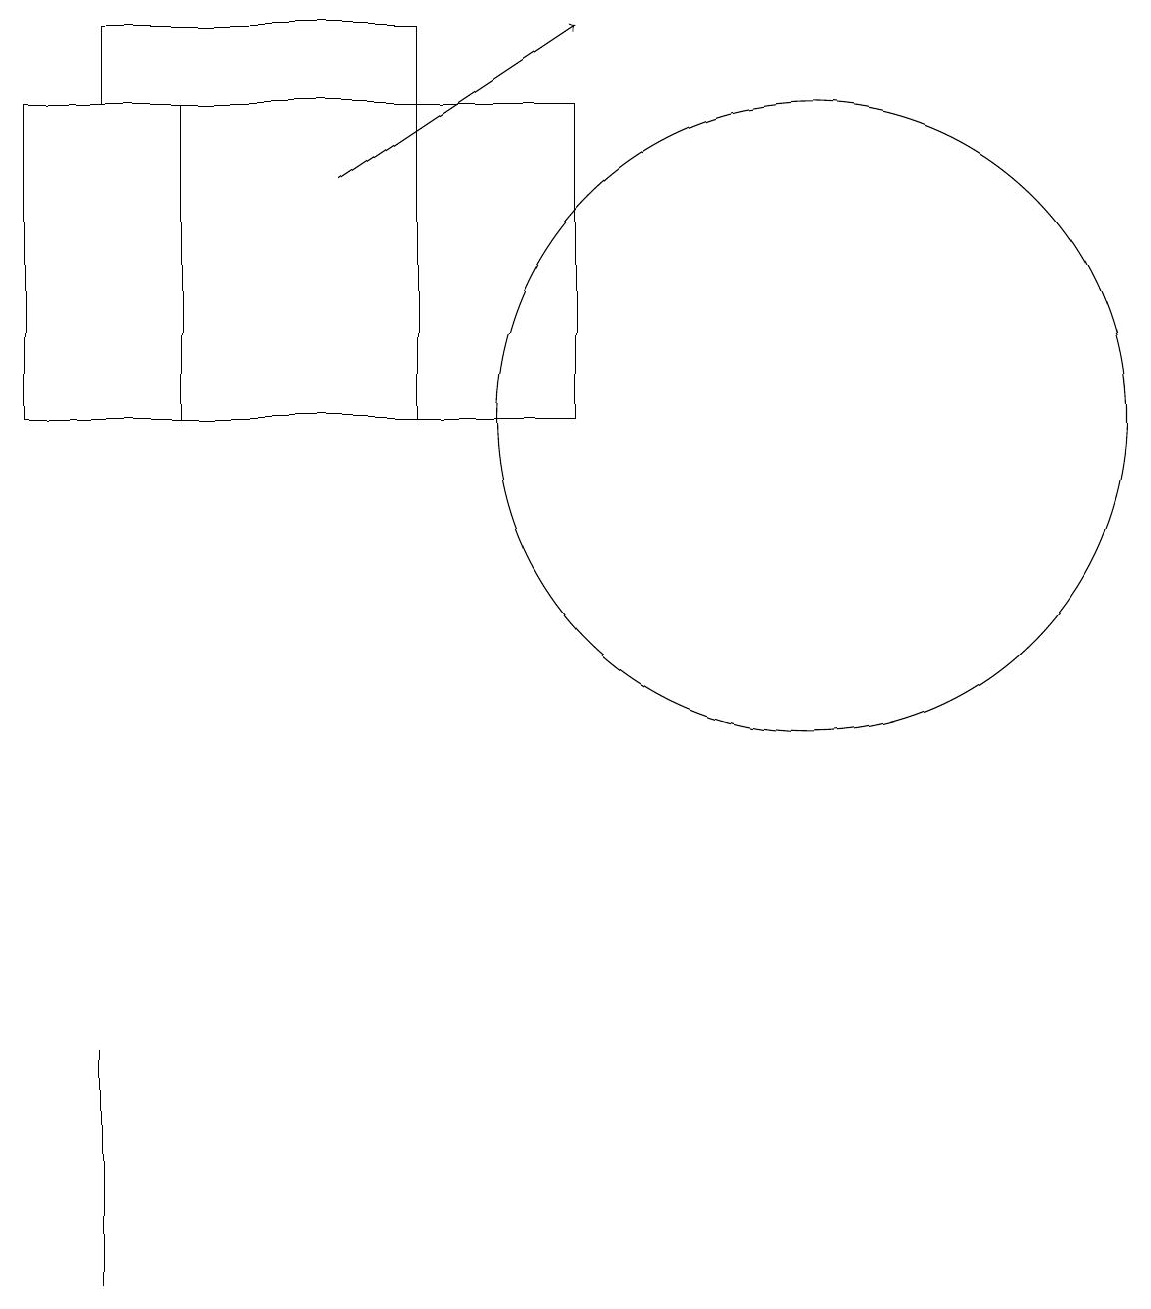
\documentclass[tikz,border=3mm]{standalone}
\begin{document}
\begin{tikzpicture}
\draw (5,16) rectangle (1,15);
\draw (0,15) rectangle (7,11);
\draw (2,11) rectangle (5,15);
\draw (10,11) circle (4);
\draw (1,3) -- (1,0) -- (1,3) -- cycle;
\draw[->] (4,14) -- (7,16);
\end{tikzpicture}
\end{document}